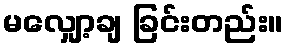
မလျှော့ချ ခြင်းတည်း။